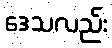
ဒေသလည်း